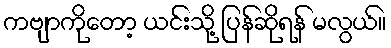
ကဗျာကိုတော့ ယင်းသို့ ပြန်ဆိုရန် မလွယ်။